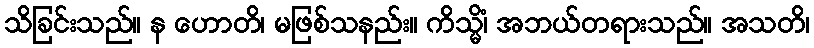
သိခြင်းသည်။ န ဟောတိ၊ မဖြစ်သနည်း။ ကိသ္မိံ၊ အဘယ်တရားသည်။ အသတိ၊